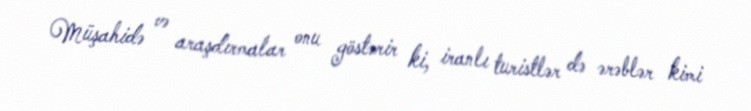
Müşahidə və araşdırmalar onu göstərir ki, iranlı turistlər də ərəblər kimi